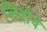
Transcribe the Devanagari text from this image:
लिदोवे